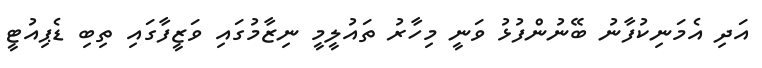
އަދި އެމަނިކުފާނު ބޭނުންފުޅު ވަނީ މިހާރު ތައުލީމީ ނިޒާމުގައި ވަޒީފާގައިި ތިބި ޑެޕިއުޓީ